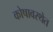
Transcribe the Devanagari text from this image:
कोषावस्थेत